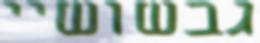
גבשושיי